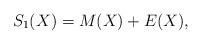
LaTeX: \begin{align*} S_1(X)=M(X)+E(X),\end{align*}